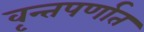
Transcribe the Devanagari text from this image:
वृन्तपर्णात